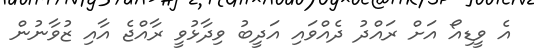
އެ ވީޑިއޯ އަށް ރައްދު ދެއްވައި އަދީބު ވިދާޅުވީ ރާއްޖެ އާއި ޒުވާނުން